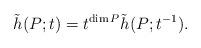
LaTeX: \begin{align*}\tilde{h}(P;t) = t^{\dim P} \tilde{h}(P;t^{-1}).\end{align*}